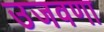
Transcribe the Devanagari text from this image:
उजवणा